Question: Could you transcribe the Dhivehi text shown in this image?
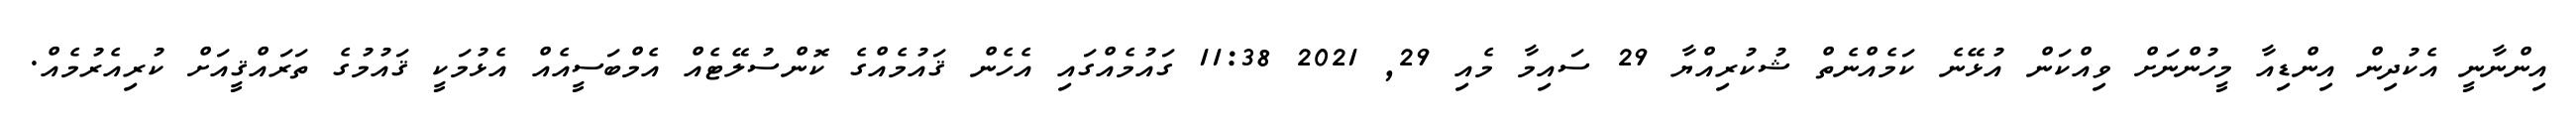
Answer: އިންނާނީ އެކުދިން އިންޑިއާ މީހުންނަށް ވިއްކަން އުޅޭނެ ކަމެއްނެތް ޝުކުރިއްޔާ 29 ސައިމާ މެއި 29, 2021 11:38 ގައުމެއްގައި އެހެން ޤައުމެއްގެ ކޮންސުލޭޓެއް އެމްބަސީއެއް އެޅުމަކީ ޤައުމުގެ ތަރައްޤީއަށް ކުރިއެރުމެއް.